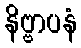
နိဗ္ဗာပနံ